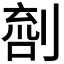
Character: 𠞌